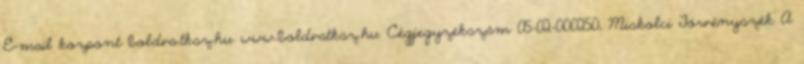
E-mail kozpont boldva.tksz.hu www.boldvatksz.hu Cégjegyzékszám 05-02-000250, Miskolci Törvényszék A